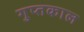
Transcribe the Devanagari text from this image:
गुप्‍तकाल